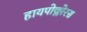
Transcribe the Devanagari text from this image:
हायपोक्लोरस